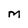
Character: M